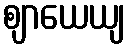
ဈာယေယျ